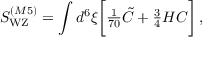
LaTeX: S _ { \mathrm { W Z } } ^ { ( M 5 ) } = \int d ^ { 6 } \xi \biggl [ { \textstyle { \frac { 1 } { 7 0 } } } \tilde { C } + { \textstyle { \frac { 3 } { 4 } } } { \cal H } C \biggr ] \, ,